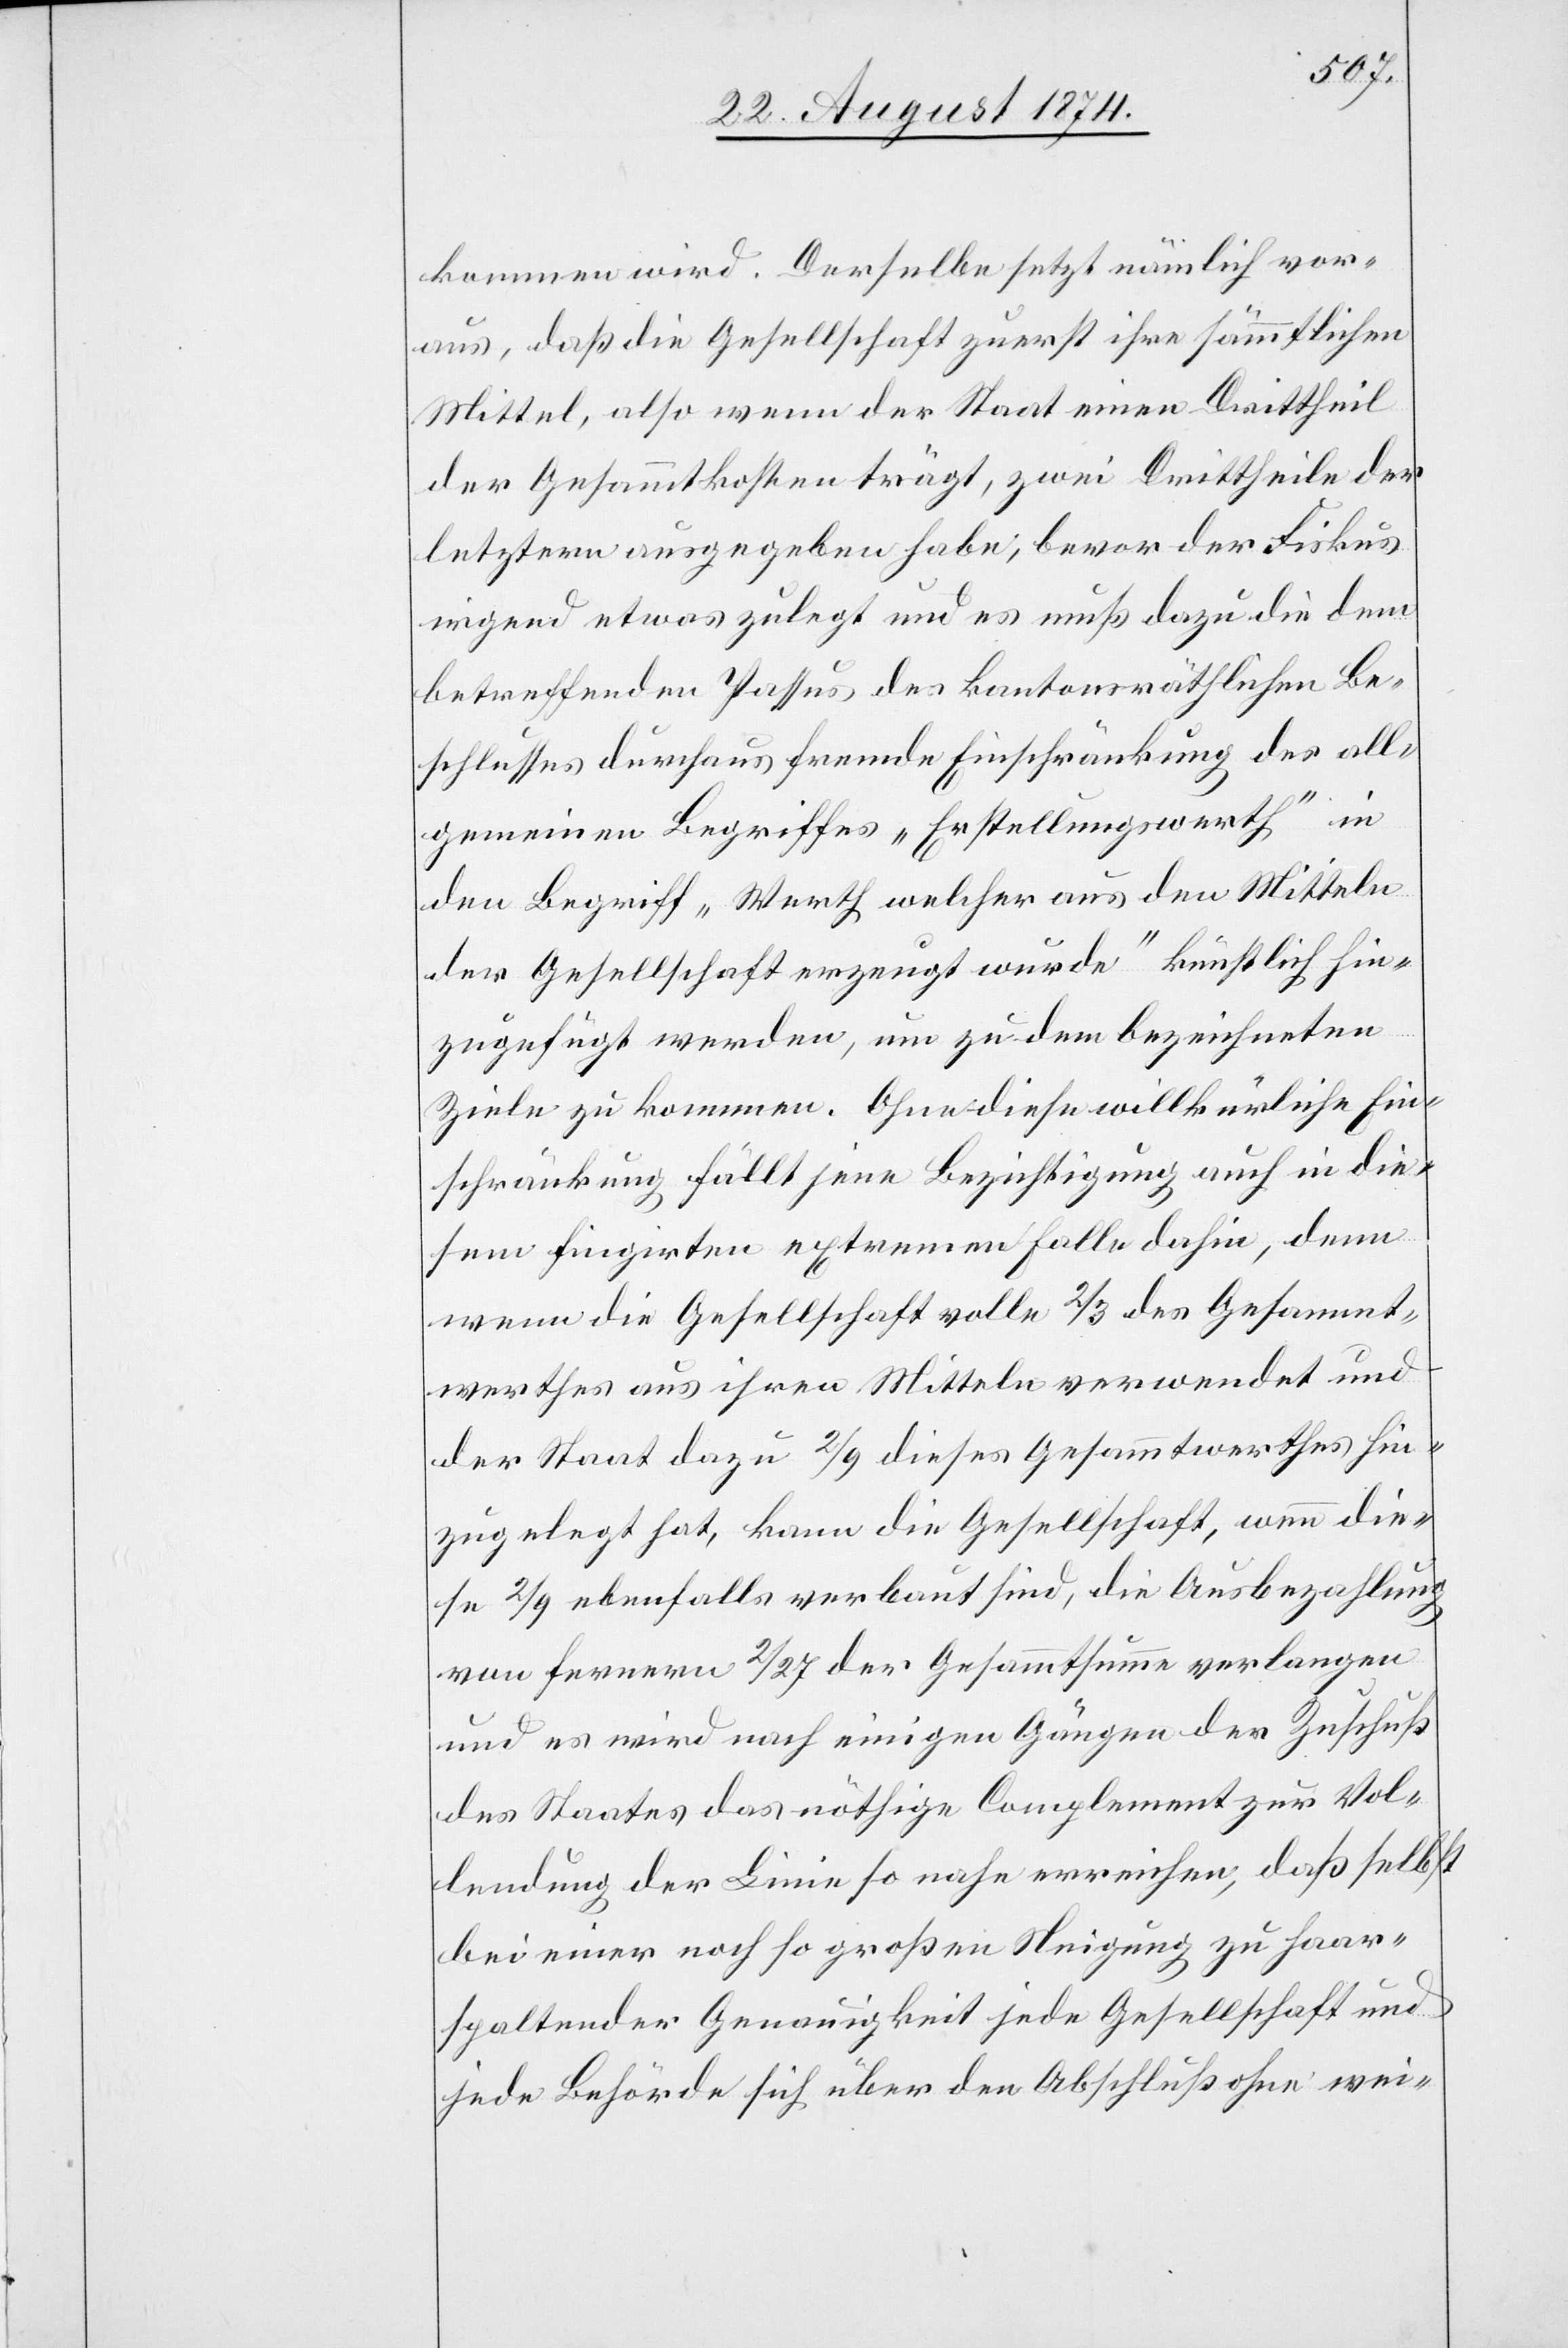
kommen wird. Derselbe setzt nämlich vor¬
aus, daß die Gesellschaft zuerst ihre sämmtlichen
Mittel, also wenn der Staat einen Drittheil
der Gesammtkosten trägt, zwei Drittheile der
letztern ausgegeben habe, bevor der Fiskus
irgend etwas zulegt und es muß dazu die dem
betreffenden Passus des kantonsräthlichen Be¬
schlusses durchaus fremde Einschränkung des all¬
gemeinen Begriffes „Erstellungswerth“ in
den Begriff „Werth welcher aus den Mitteln
der Gesellschaft erzeugt wurde“ künstlich hin¬
zugefügt werden, um zu dem bezeichneten
Ziele zu kommen. Ohne diese willkürliche Ein¬
schränkung fällt jene Bezichtigung auch in die¬
sem fingirten externen Falle dahin, denn
wenn die Gesellschaft volle 2/3 des Gesammt¬
werthes aus ihren Mitteln verwendet und
der Staat dazu 2/9 dieses Gesammtwerthes hin¬
zugelegt hat, kann die Gesellschaft, wenn die¬
se 2/9 ebenfalls verbaut sind, die Ausbezahlung
von fernern 2/27 der Gesammtsumme verlangen
und es wird nach einigen Gängen der Zuschuß
des Staates das nöthige Complement zur Vol¬
lendung der Linie so nahe erreichen, daß selbst
bei einer noch so großen Neigung zu haar¬
spaltender Genauigkeit jede Gesellschaft und
jede Behörde sich über den Abschluß ohne wei-